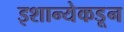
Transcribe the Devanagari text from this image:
इशान्येकडून